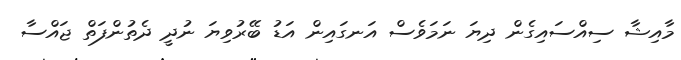
މާއިޝާ ސިއްސައިގެން ދިޔަ ނަމަވެސް އަނގައިން އަޑު ބޭރުވިޔަ ނުދީ ދެތުންފަތް ޖައްސާ